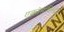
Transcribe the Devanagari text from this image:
एक्लेसफील्ड